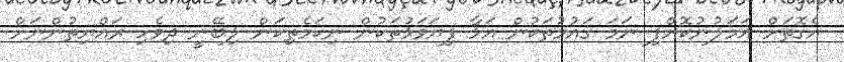
އެގޮތަށް އަމަލުނުކޮށްފި ނަމަ ގައުމުތަކުން އަޅާ ފިޔަވަޅުތަކުން ނިކަމެތިކަން ލިބޭނީ ދިވެހި ރައްޔިތުންނަށް